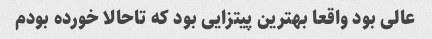
عالی بود واقعا بهترین پیتزایی بود که تاحالا خورده بودم